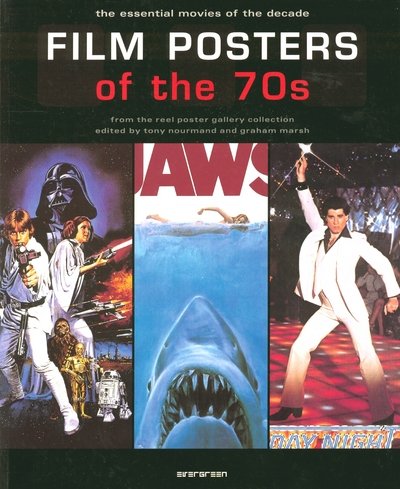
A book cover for Film Posters of the 70s: The Essential Movies of the Decade; Crafts, Hobbies & Home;